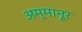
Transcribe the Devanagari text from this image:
अम्मानूर